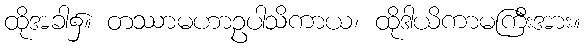
ထိုအခါ၌။ တဿာမဟာဥပါသိကာယ၊ ထိုဒါယိကာမကြီးအား။